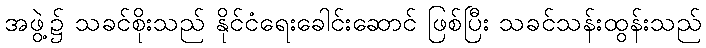
အဖွဲ့၌ သခင်စိုးသည် နိုင်ငံရေးခေါင်းဆောင် ဖြစ်ပြီး သခင်သန်းထွန်းသည်